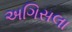
અગિસલા